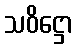
သဝိဋ္ဌော